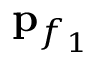
{ \bf p } _ { f _ { 1 } }